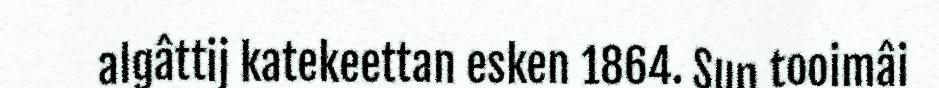
algâttij katekeettan esken 1864. Sun tooimâi